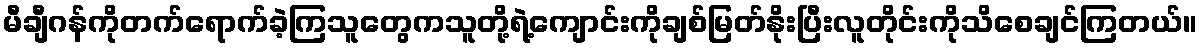
မီချီဂန်ကိုတက်ရောက်ခဲ့ကြသူတွေကသူတို့ရဲ့ကျောင်းကိုချစ်မြတ်နိုးပြီးလူတိုင်းကိုသိစေချင်ကြတယ်။